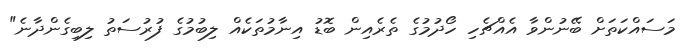
މަސައްކަތަށް ބޭނުންވާ އެއްޗެހި ހޯދުމުގެ ތެރެއިން ބޮޑު އިނާމުތަކެއް ލިބުމުގެ ފުރުސަތު ލިބިގެންދާނެ"